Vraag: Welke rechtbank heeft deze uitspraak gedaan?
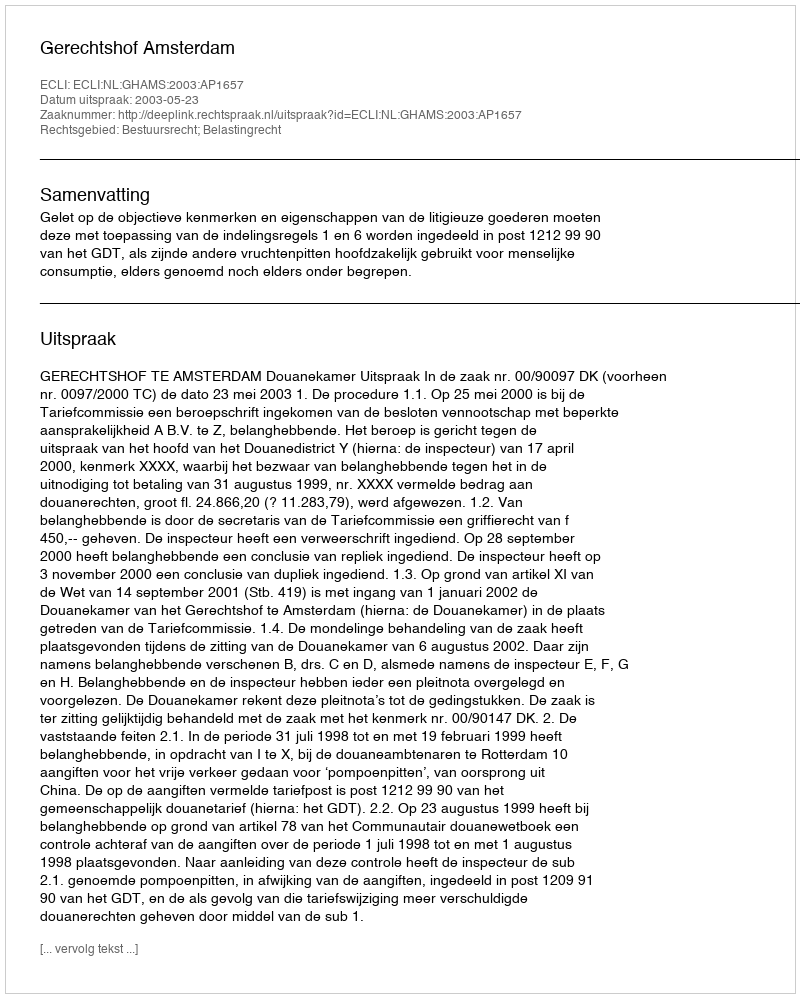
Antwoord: Gerechtshof Amsterdam